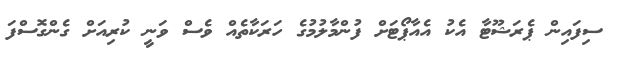
ސިފައިން ޕެރަޝޫޓާ އެކު އެއާޕޯޓަށް ފުންމާލުމުގެ ހަރަކާތެއް ވެސް ވަނީ ކުރިއަށް ގެންގޮސްފަ